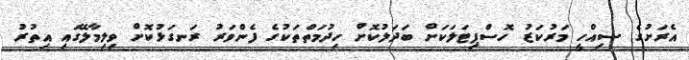
އެރަށުގެ ސިއްހީ މަރުކަޒު ހޮސްޕިޓަލަކަށް ބަދަލުކޮށް ހިދުމަތްތަކުގެ ފެންވަރު ރަނގަޅުކޮށް ވިލިމާލޭގައި އިތުރު